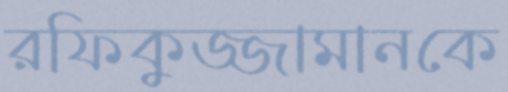
রফিকুজ্জামানকে